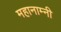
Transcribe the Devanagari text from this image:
महानाम्नी